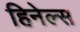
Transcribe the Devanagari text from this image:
हिनेल्स